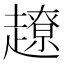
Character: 𧽽